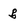
Character: g